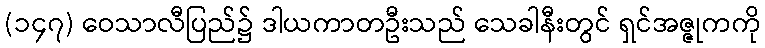
(၁၄၇) ဝေသာလီပြည်၌ ဒါယကာတဦးသည် သေခါနီးတွင် ရှင်အဇ္ဇုကကို